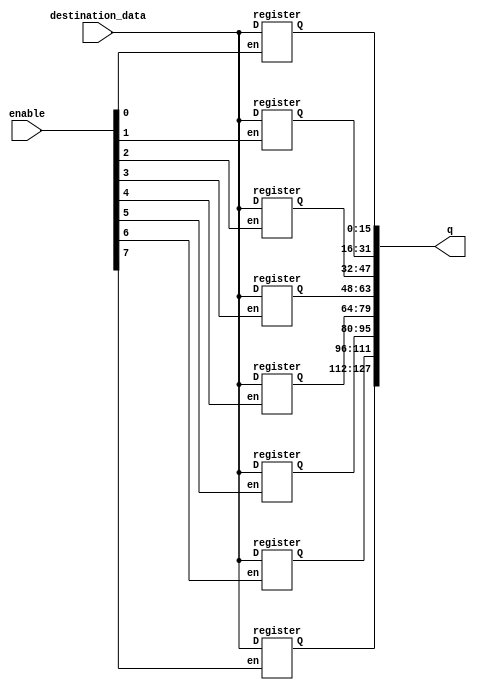
/* ENGR 468 - Milestone #2 Memory
Register module
*/

module register_bank(enable, destination_data, q);
	input [7:0] enable;	// enable for 8 registers
	input [15:0] destination_data; // data returned from ALU block
	output [127:0] q; // 16 bit output from 8 registers
	genvar i;
		
	generate for (i =0; i<8; i= i+1)
	begin
		register r(q[16*i +: 16], destination_data, enable[i]);
	end
	endgenerate 
endmodule	


module register(Q, D, en);
	input en;
	input[15:0] D;
	output reg[15:0] Q;
	
	always @(*)
	begin
		if (en == 1'b1)
			Q = D;
	end
	
	
endmodule